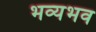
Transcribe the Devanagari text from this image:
भव्यभव